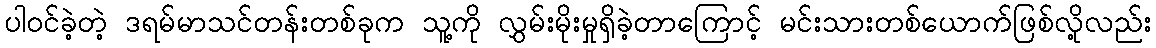
ပါဝင်ခဲ့တဲ့ ဒရမ်မာသင်တန်းတစ်ခုက သူ့ကို လွှမ်းမိုးမှုရှိခဲ့တာကြောင့် မင်းသားတစ်ယောက်ဖြစ်လို့လည်း